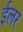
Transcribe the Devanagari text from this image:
ईलर